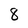
Character: 8